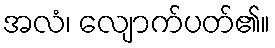
အလံ၊ လျောက်ပတ်၏။